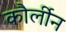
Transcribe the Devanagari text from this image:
कौर्लीन